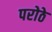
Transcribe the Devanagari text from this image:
परोठे